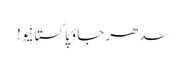
سدھر جاؤ پاکستانیو!